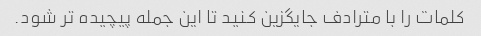
کلمات را با مترادف جایگزین کنید تا این جمله پیچیده تر شود.